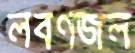
লবণজল